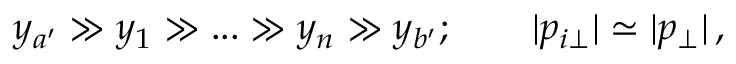
y _ { a ^ { \prime } } \gg y _ { 1 } \gg . . . \gg y _ { n } \gg y _ { b ^ { \prime } } ; \qquad | p _ { i \perp } | \simeq | p _ { \perp } | \, ,